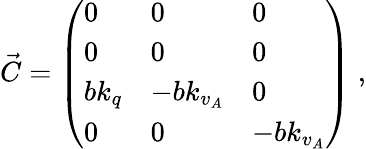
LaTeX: \vec{C}=\left(\begin{array}{lll}{0}&{0}&{0}\\ {0}&{0}&{0}\\ {bk_{q}}&{-bk_{v_{A}}}&{0}\\ {0}&{0}&{-bk_{v_{A}}}\end{array}\right)\; ,